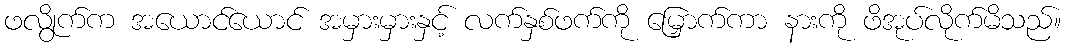
ဖလွိုက်က အယောင်ယောင် အမှားမှားနှင့် လက်နှစ်ဖက်ကို မြှောက်ကာ နားကို ဖိအုပ်လိုက်မိသည်။